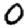
Digit: 0